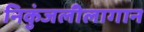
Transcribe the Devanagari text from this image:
निकुंजलीलागान